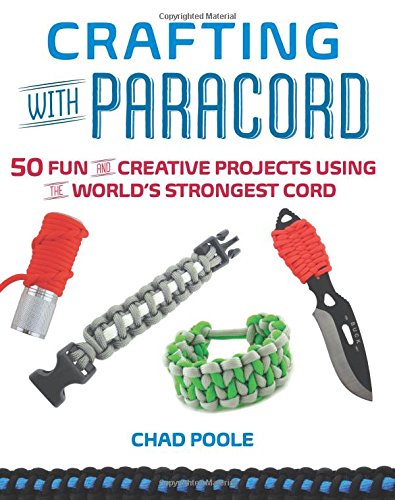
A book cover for Crafting with Paracord: 50 Fun and Creative Projects Using the WorldEEs Strongest Cord; Chad Poole; Crafts, Hobbies & Home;